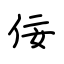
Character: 佞